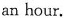
an hour.